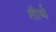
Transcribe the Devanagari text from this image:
तीर्थ